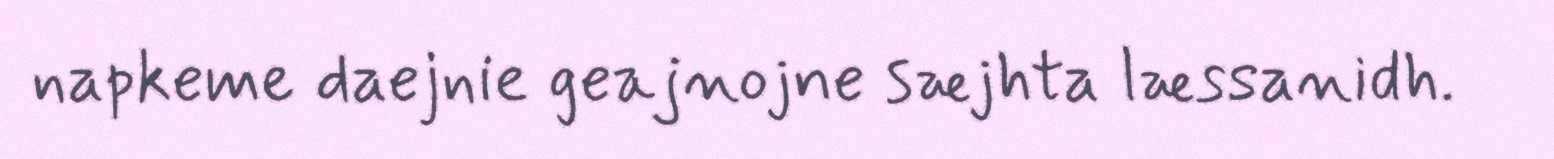
napkeme daejnie geajnojne sæjhta læssanidh.